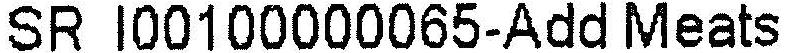
SR I00100000065-ADD MEATS